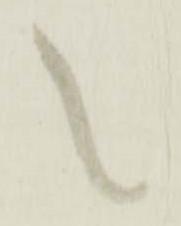
之